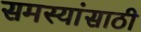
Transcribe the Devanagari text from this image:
समस्यांसाठी